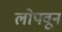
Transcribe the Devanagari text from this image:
लोपवून